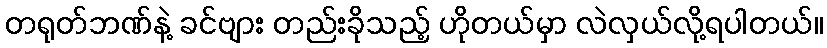
တရုတ်ဘဏ်နဲ့ ခင်ဗျား တည်းခိုသည့် ဟိုတယ်မှာ လဲလှယ်လို့ရပါတယ်။